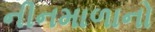
નીનમાળાનો